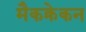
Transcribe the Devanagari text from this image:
मैकक्रेकन